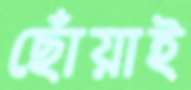
ছোঁয়াই